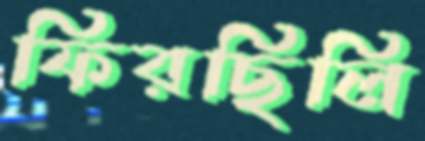
ফিরছিলি